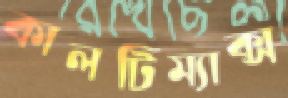
কালটিম্যাক্স